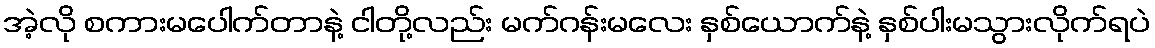
အဲ့လို စကားမပေါက်တာနဲ့ ငါတို့လည်း မက်ဂန်းမလေး နှစ်ယောက်နဲ့ နှစ်ပါးမသွားလိုက်ရပဲ